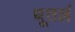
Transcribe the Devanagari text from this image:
धूतलं